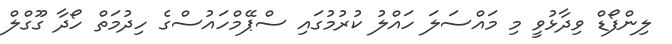
ލިންފޯޑް ވިދާޅުވީ މި މައްސަލަ ހައްލު ކުރުމުގައި ސްޕޭމްހައުސްގެ ހިދުމަތް ހޯދާ ގޫގްލް